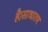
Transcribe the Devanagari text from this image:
है।साधारण